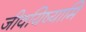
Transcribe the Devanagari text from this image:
जीवयिष्यामि